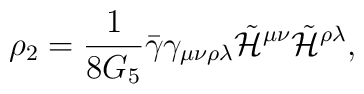
\rho_{2}=   \frac{1}{8 G_{5}}  \bar{\gamma}  \gamma_{\mu\nu\rho\lambda}            \tilde{\cal H} ^{\mu\nu} \tilde{\cal H}^{\rho\lambda},